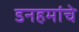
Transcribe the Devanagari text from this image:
डनहमांचे